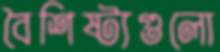
বৈশিষ্ট্যগুলো